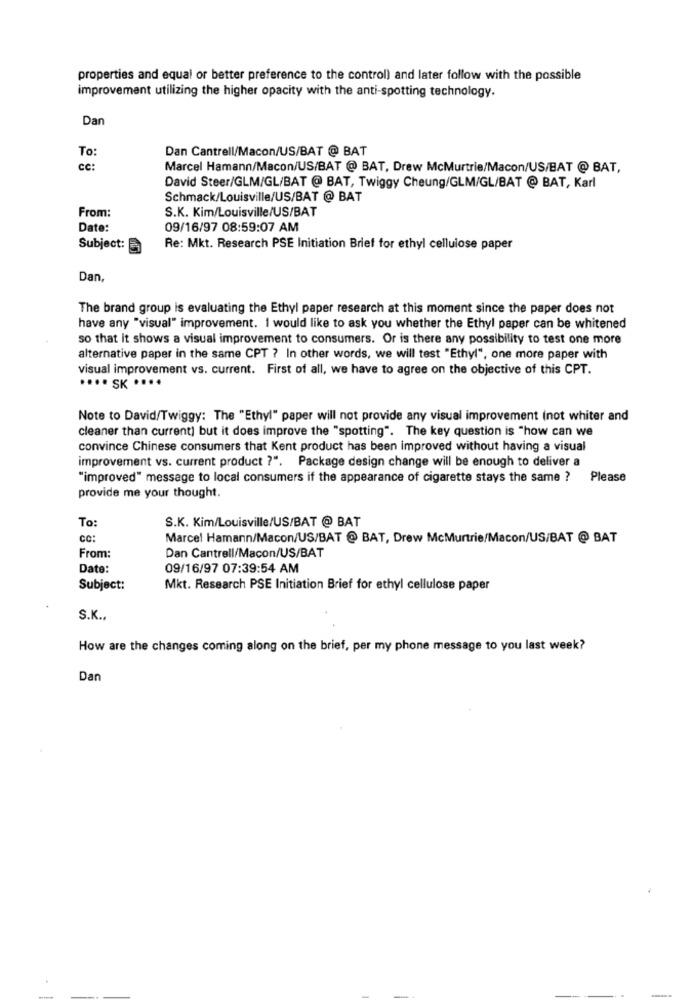
properties and equal or better preference to the control) and later follow with the possible
improvement utilizing the higher opacity with the anti-spotting technology.
Dan
Dan Cantrell/Macon/US/BAT @ BAT
To:
cc:
Marcel Hamann/Macon/US/BAT @ BAT, Drew McMurtrie/Macon/US/BAT @ BAT,
David Steer/GLM/GL/BAT @ BAT, Twiggy Cheung/GLM/GL/BAT @ BAT, Karl
Schmack/Louisville/US/BAT @ BAT
From:
S.K. Kim/Louisville/US/BAT
Date:
09/16/97 08:59:07 AM
Subject:
Re: Mkt. Research PSE Initiation Brief for ethyl cellulose paper
Dan,
The brand group is evaluating the Ethyl paper research at this moment since the paper does not
have any "visual" improvement. I would like to ask you whether the Ethyl paper can be whitened
so that it shows a visual improvement to consumers. Or is there any possibility to test one more
alternative paper in the same CPT ? In other words, we will test "Ethyl", one more paper with
visual improvement vs. current. First of all, we have to agree on the objective of this CPT.
···· SK ····
Note to David/Twiggy: The "Ethyl" paper will not provide any visual improvement (not whiter and
cleaner than current] but it does improve the "spotting". The key question is "how can we
convince Chinese consumers that Kent product has been improved without having a visual
improvement vs. current product ?". Package design change will be enough to deliver a
"improved" message to local consumers if the appearance of cigarette stays the same ?
Please
provide me your thought.
S.K. Kim/Louisville/US/BAT @ BAT
To:
cc:
Marcel Hamann/Macon/US/BAT @ BAT, Drew McMurtrie/Macon/US/BAT @ BAT
From:
Dan Cantrell/Macon/US/BAT
Date:
09/16/97 07:39:54 AM
Subject:
Mkt. Research PSE Initiation Brief for ethyl cellulose paper
S.K .,
How are the changes coming along on the brief, per my phone message to you last week?
Dan